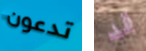
تدعون قد